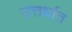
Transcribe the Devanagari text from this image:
उत्तर्धात